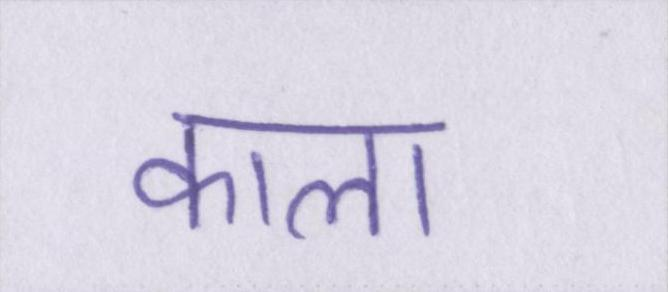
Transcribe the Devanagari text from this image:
काला